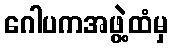
ဂေါပကအဖွဲ့ထံမှ